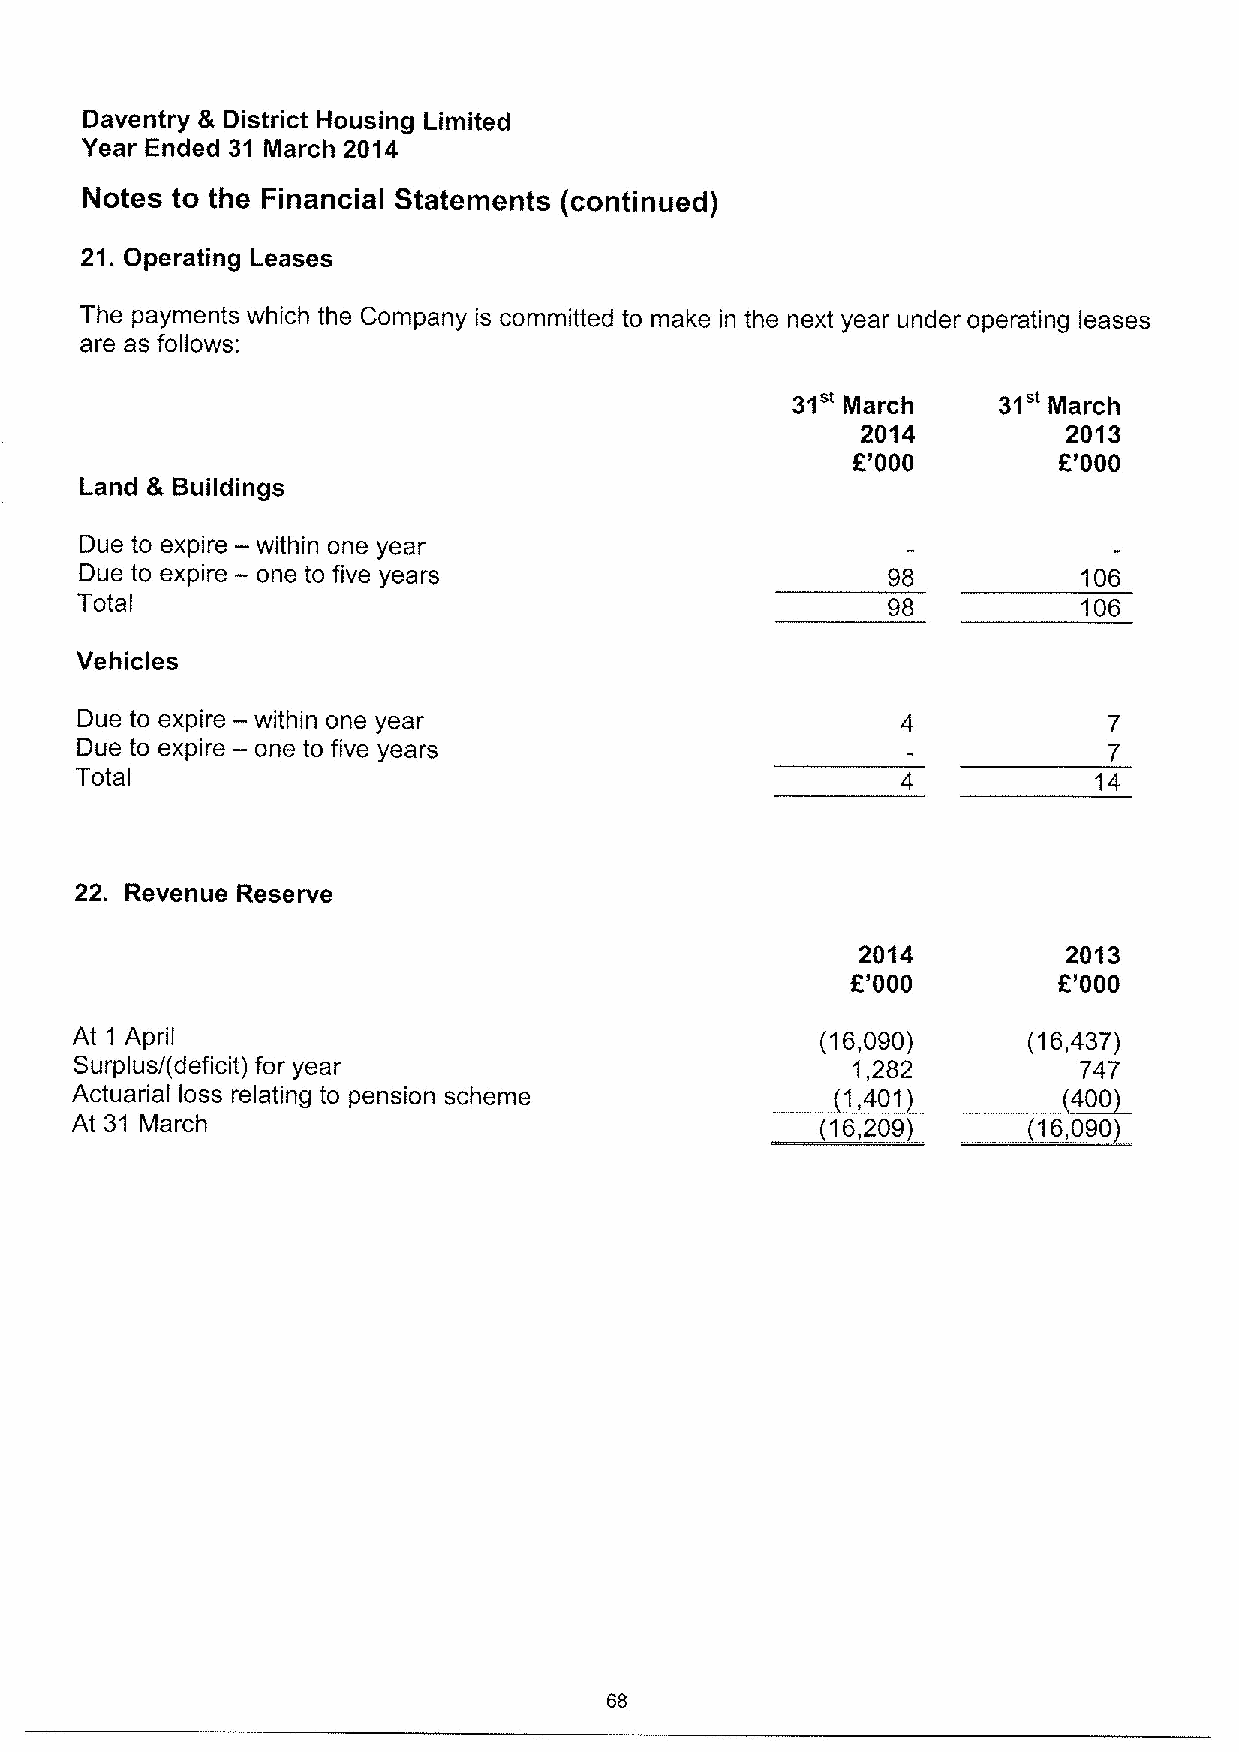
Daventry & District Housing Limited
 Year Ended 31 March 2014
 Notes to the Financial Statements (continued)
 21.Operating Leases
 The payments which the Company is committed to make in the next year under operating leases
 are as follows:
 31"           31"
 March        March
 2014          2013
 6'000         6'000
 Land & Buildings
 —
 Due to expire within one year
 —
 Due to expire one to five years                       98           106
 Total                                                 98           106
 Vehicles
 —
 Due to expire within one year
 —
 Due to expire one to five years
 Total                                                              14
 22. Revenue Reserve
 2014          2013
 K'000         R'000
 At 1 April                                       (16,090)      (16,437)
 Surplus/(deficit) for year                    ~1,  1,282   ~400   747
 Actuarial loss relating to pension scheme           401
 ~16,         ~~16,
 At 31 March                                         209           090
 68